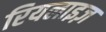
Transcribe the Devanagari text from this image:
रियलाइज़